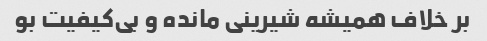
بر خلاف همیشه شیرینی مانده و بی‌کیفیت بو